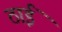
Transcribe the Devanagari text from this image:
ठाईं